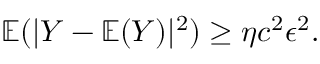
\begin{array} { r } { \mathbb { E } ( | Y - \mathbb { E } ( Y ) | ^ { 2 } ) \geq \eta c ^ { 2 } \epsilon ^ { 2 } . } \end{array}